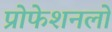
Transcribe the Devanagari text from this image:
प्रोफेशनलों